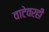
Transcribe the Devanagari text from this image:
वाटेवरही